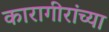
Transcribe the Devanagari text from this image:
कारागीरांच्या